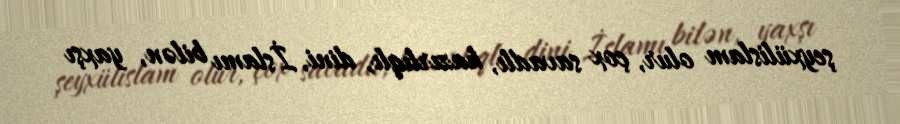
şeyxülislam olur, çox savadlı, hazırlıqlı, dini, İslamı bilən, yaxşı